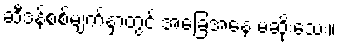
ဆီဒန်စစ်မျက်နှာတွင် အခြေအနေ မဆိုးသေး။